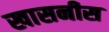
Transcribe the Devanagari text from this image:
खासनीस